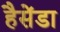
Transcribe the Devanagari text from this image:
हैसेंडा